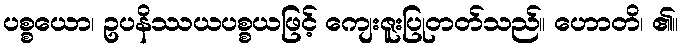
ပစ္စယော၊ ဥပနိဿယပစ္စယဖြင့် ကျေးဇူးပြုတတ်သည်။ ဟောတိ၊ ၏။